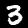
Label: 3